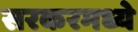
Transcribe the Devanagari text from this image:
सरकरमध्ये